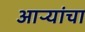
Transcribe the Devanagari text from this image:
आऱ्यांचा